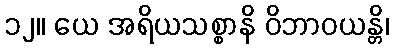
၁၂။ ယေ အရိယသစ္စာနိ ဝိဘာဝယန္တိ၊